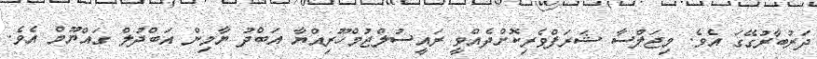
ދަރުބާރުގޭގަ އެވެ. މިޖަލްސާ ޝަރަފްވެރިކޮށްދެއްވީ ރައީސުލްޖުމްހޫރިއްޔާ އަބްދު ޔާމިން އަބްދުލް ގައްޔޫމް އެވެ.